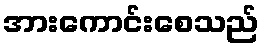
အားကောင်းစေသည်